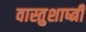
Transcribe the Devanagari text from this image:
वास्तुशाष्त्री